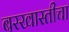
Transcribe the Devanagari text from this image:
बरखास्तीचा